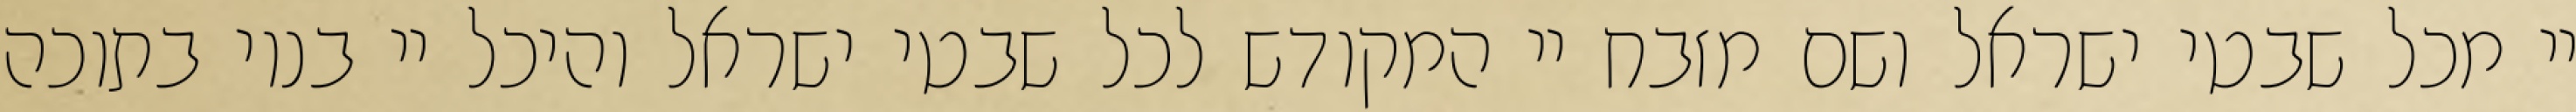
יי מכל שבטי ישראל ושם מזבח יי המקודש לכל שבטי ישראל והיכל יי בנוי בתוכה